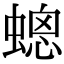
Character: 𧏀